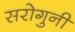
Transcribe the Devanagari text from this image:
सरोगुनी